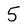
Character: 5